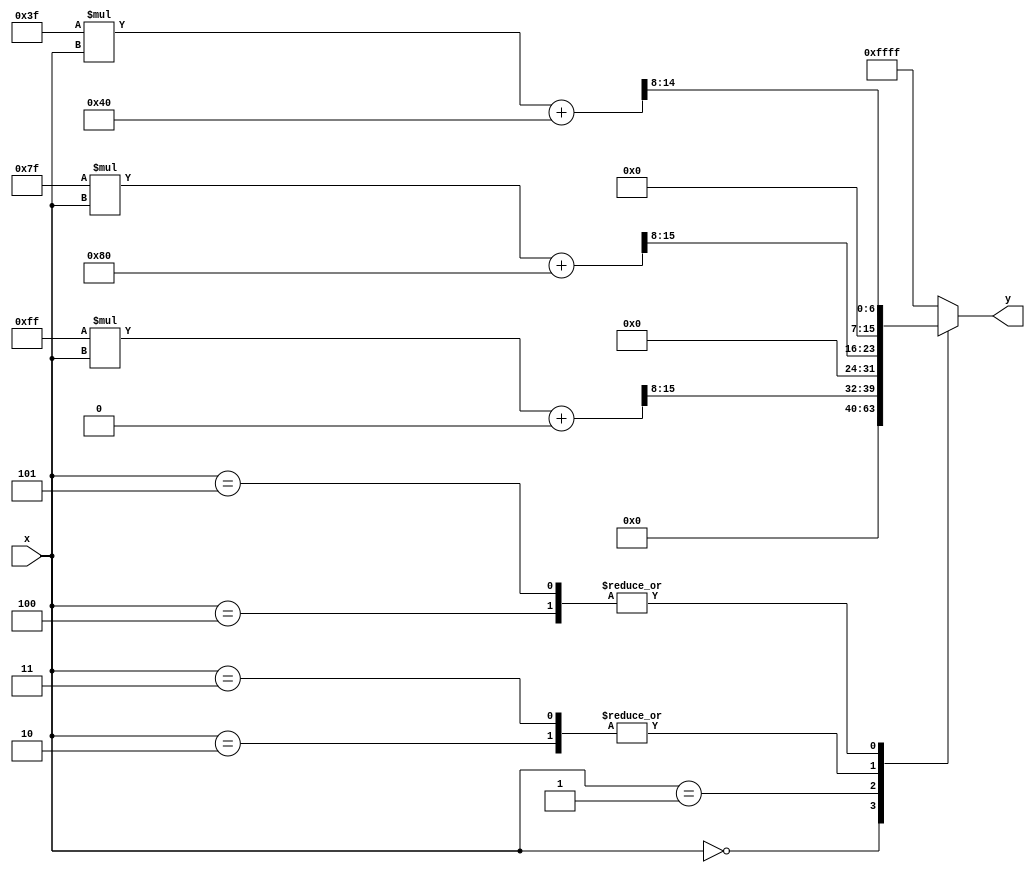
module PLAR (
    input wire [7:0] x,           // 8-bit input representing a positive real number
    output reg [15:0] y           // 16-bit output for the approximate reciprocal
);

// Define piecewise segments (example values, can be modified for accuracy)
parameter SEGMENT_1_M = 8'd255; // Slope for [0, 1]
parameter SEGMENT_1_B = 8'd0;   // Intercept for [0, 1]
parameter SEGMENT_2_M = 8'd127; // Slope for [1, 2]
parameter SEGMENT_2_B = 8'd128; // Intercept for [1, 2]
parameter SEGMENT_3_M = 8'd63;  // Slope for [2, 4]
parameter SEGMENT_3_B = 8'd64;  // Intercept for [2, 4]

// Segment selection logic
always @(*) begin
    case (x)
        8'b00000000: y = 16'd0; // Handle x = 0 case
        8'b00000001: y = (SEGMENT_1_M * x + SEGMENT_1_B) >> 8; // Segment [0, 1]
        8'b00000010: y = (SEGMENT_2_M * x + SEGMENT_2_B) >> 8; // Segment [1, 2]
        8'b00000011: y = (SEGMENT_2_M * x + SEGMENT_2_B) >> 8; // Segment [1, 2]
        8'b00000100: y = (SEGMENT_3_M * x + SEGMENT_3_B) >> 8; // Segment [2, 4]
        8'b00000101: y = (SEGMENT_3_M * x + SEGMENT_3_B) >> 8; // Segment [2, 4]
        // Add more segments as needed
        default: y = 16'hFFFF; // Return maximum value for undefined segments
    endcase
end

endmodule